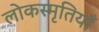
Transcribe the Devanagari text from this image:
लोकस्मृतियाँ